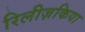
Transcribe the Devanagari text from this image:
रिलीज़किया